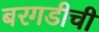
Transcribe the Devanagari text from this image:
बरगडीची